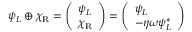
\psi _ { L } \oplus \chi _ { \mathrm { { R } } } = { \left( \begin{array} { l } { \psi _ { L } } \\ { \chi _ { \mathrm { { R } } } } \end{array} \right) } = { \left( \begin{array} { l } { \psi _ { L } } \\ { - \eta \omega \psi _ { L } ^ { * } } \end{array} \right) }